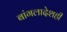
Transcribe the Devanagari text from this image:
बांगलादेशही